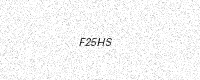
Text: F25HS